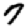
Digit: 7